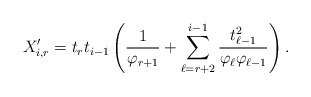
\begin{align*}X_{i,r}^\prime = t_rt_{i-1}\left(\frac{1}{\varphi_{r+1}}+\sum_{\ell=r+2}^{i-1}\frac{t_{\ell-1}^2}{\varphi_{\ell}\varphi_{\ell-1}}\right).\end{align*}